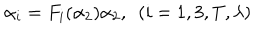
\alpha _ { i } = F _ { i } ( \alpha _ { 2 } ) \alpha _ { 2 } , ~ ~ ( i = 1 , 3 , T , \lambda )